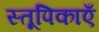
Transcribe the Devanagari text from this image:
स्तूपिकाएँ